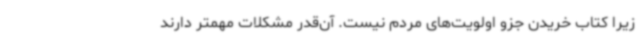
زیرا کتاب خریدن جزو اولویت‌های مردم نیست. آن‌قدر مشکلات مهمتر دارند